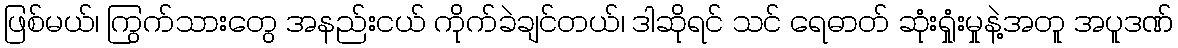
ဖြစ်မယ်၊ ကြွက်သားတွေ အနည်းငယ် ကိုက်ခဲချင်တယ်၊ ဒါဆိုရင် သင် ရေဓာတ် ဆုံးရှုံးမှုနဲ့အတူ အပူဒဏ်